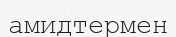
амидтермен